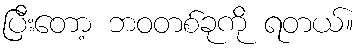
ပြီးတော့ ဘဝတစ်ခုကို ရတယ်။